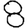
Digit: 8